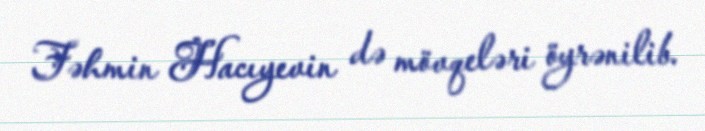
Fəhmin Hacıyevin də mövqeləri öyrənilib.